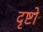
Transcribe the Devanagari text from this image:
दृष्टो